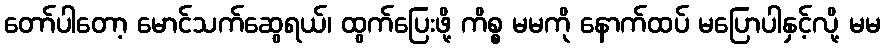
တော်ပါတော့ မောင်သက်ဆွေရယ်၊ ထွက်ပြေးဖို့ ကိစ္စ မမကို နောက်ထပ် မပြောပါနှင့်လို့ မမ